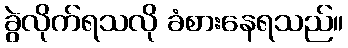
ခွဲလိုက်ရသလို ခံစားနေရသည်။